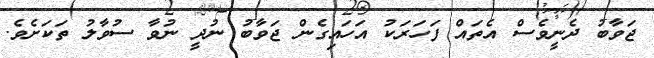
ޖަވާބު ދެނީވެސް އެތައް ފަހަރަކު އަހައިގެން ޖަވާބު ނުދީ ނުވާ ސުވާލު ތަކަށެވެ.